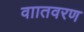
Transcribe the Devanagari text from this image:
वाातवरण